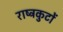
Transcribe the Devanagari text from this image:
राष्‍ट्रकुटों